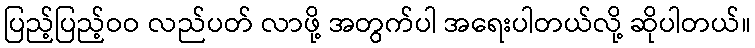
ပြည့်ပြည့်ဝဝ လည်ပတ် လာဖို့ အတွက်ပါ အရေးပါတယ်လို့ ဆိုပါတယ်။